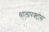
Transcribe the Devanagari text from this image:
थालारक्टोस